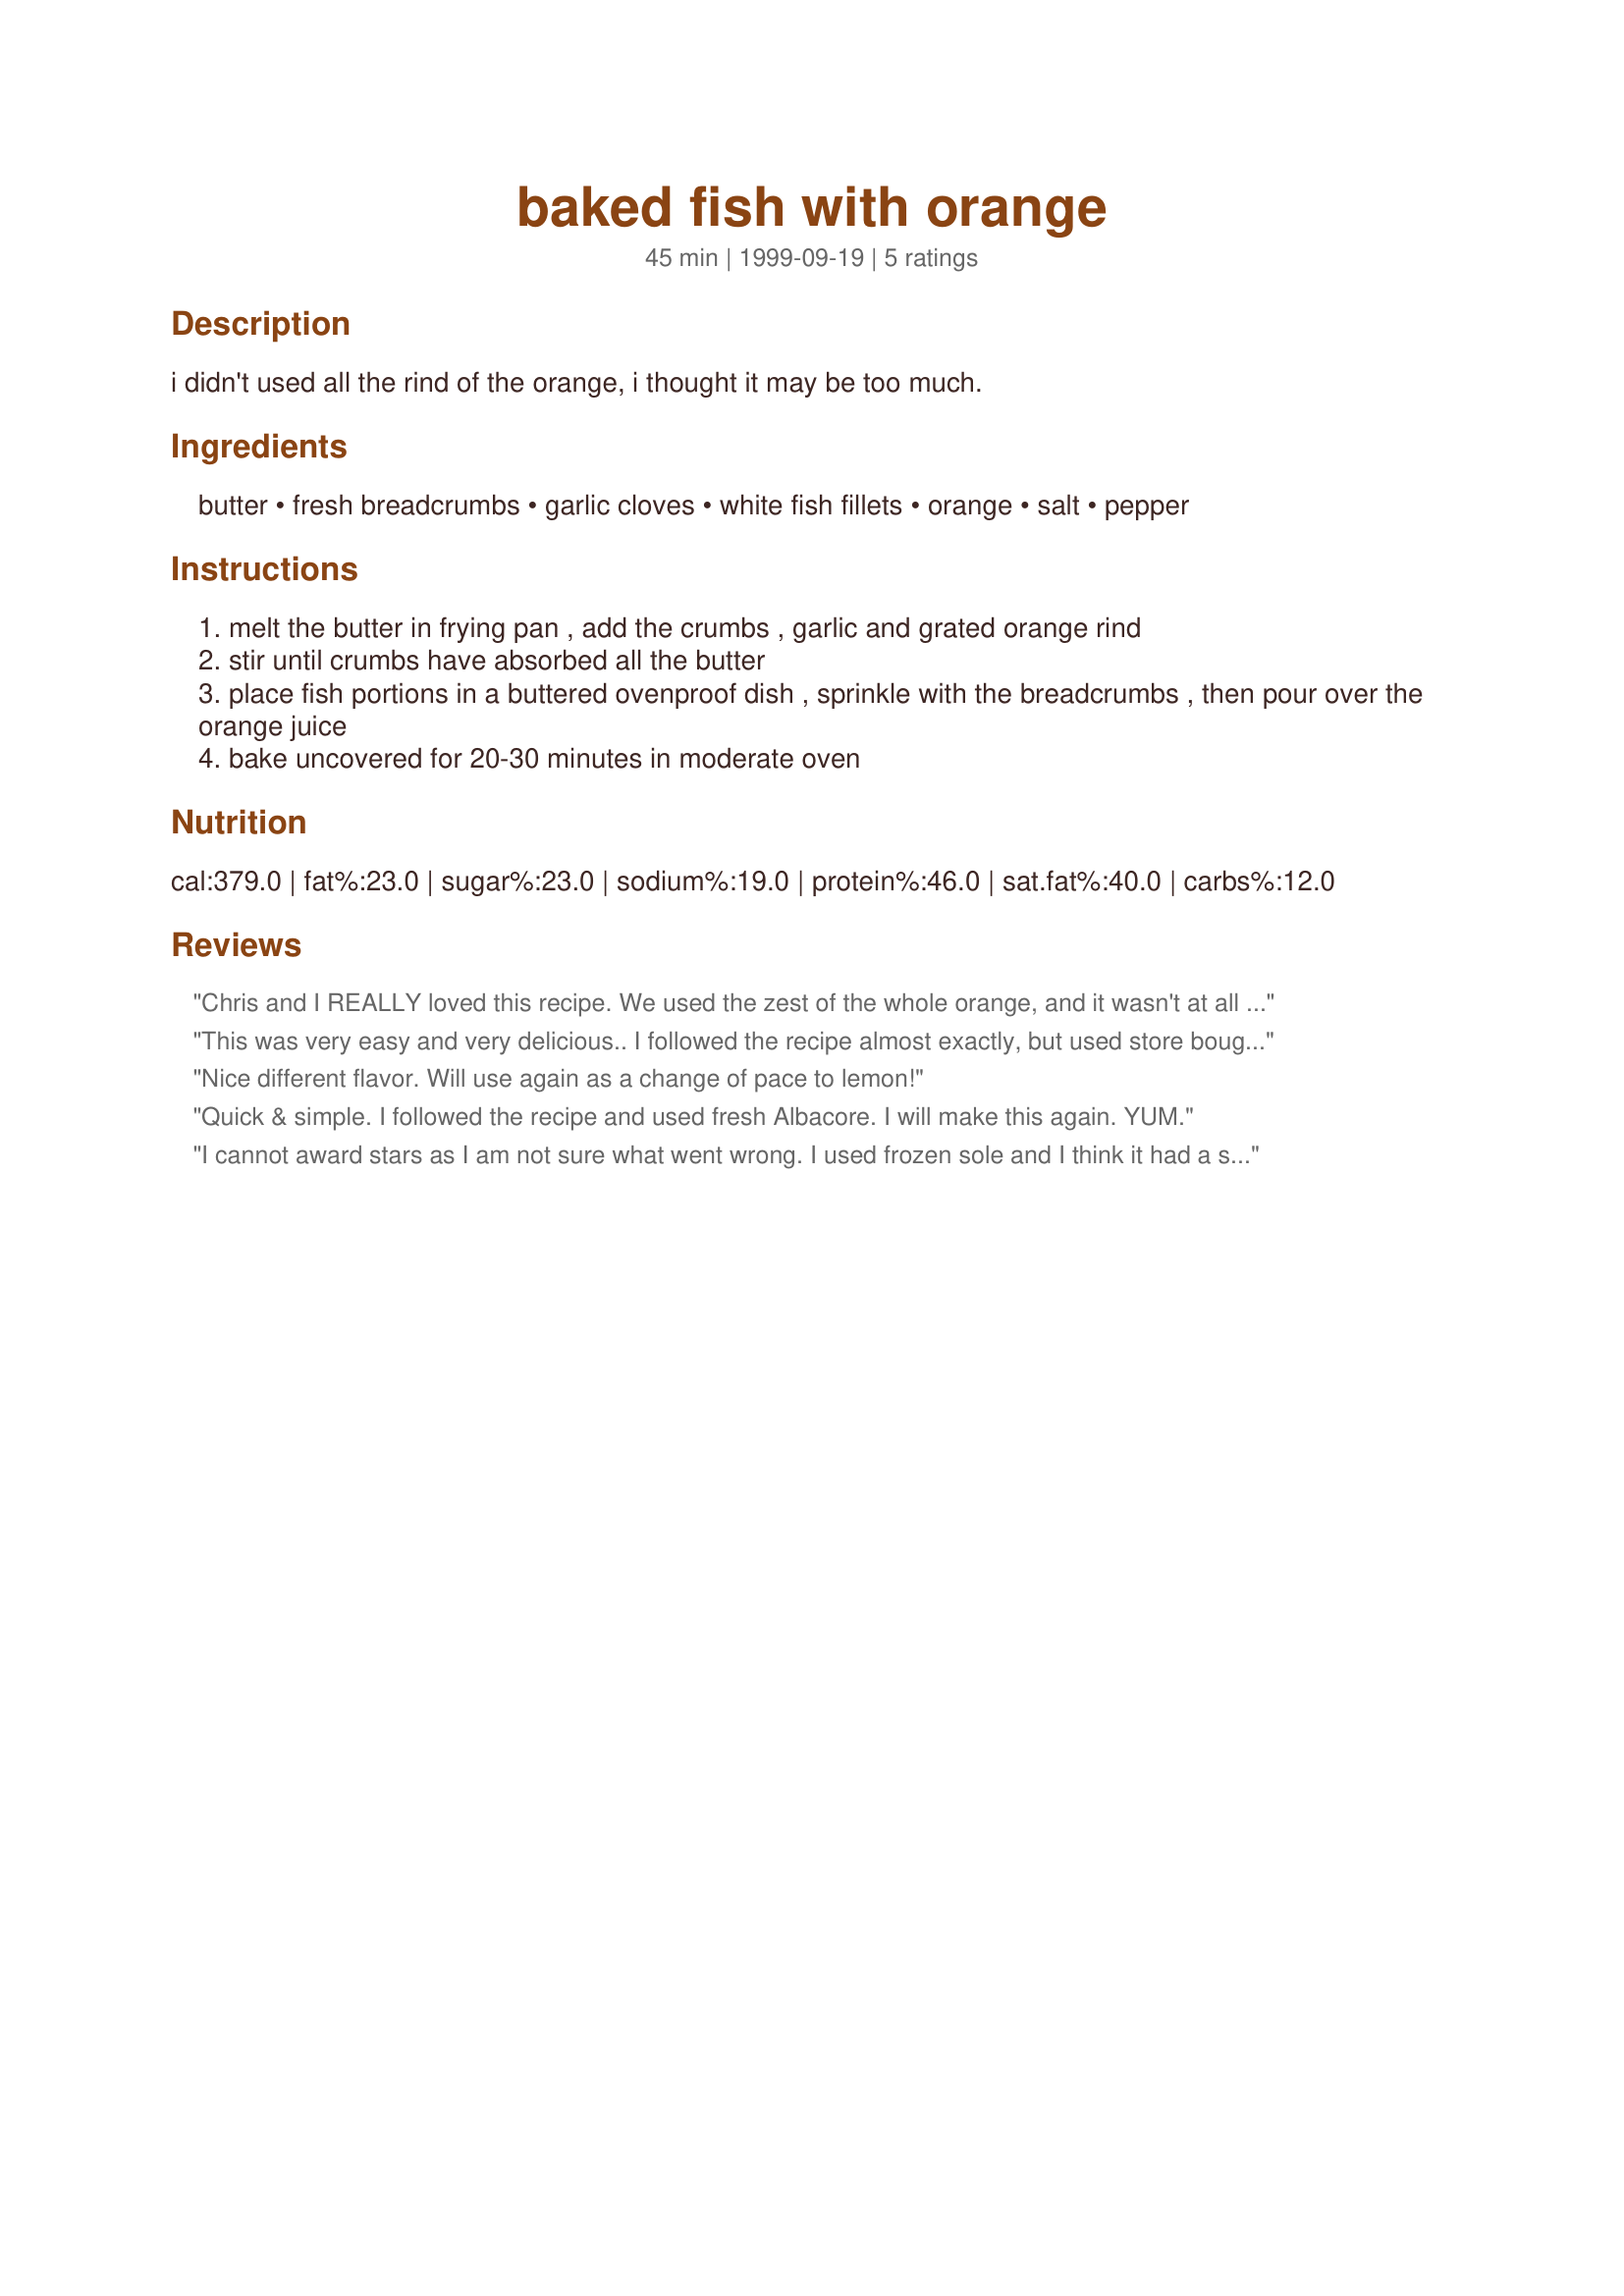
baked fish with orange
Preparation time: 45 minutes

i didn't used all the rind of the orange, i thought it may be too much.

Ingredients:
butter, fresh breadcrumbs, garlic cloves, white fish fillets, orange, salt, pepper

Steps:
melt the butter in frying pan , add the crumbs , garlic and grated orange rind
stir until crumbs have absorbed all the butter
place fish portions in a buttered ovenproof dish , sprinkle with the breadcrumbs , then pour over the orange juice
bake uncovered for 20-30 minutes in moderate oven

Reviews:
Chris and I REALLY loved this recipe. We used the zest of the whole orange, and it wasn't at all overpowering...in fact, it was very subtle, and didn't take away from the true flavor of the fish. Each bite would have these little bursts of orange flavor from the zest, and it was just wonderful!!! We used tilapia filets, and followed the recipe as written. This was incredibly quick and easy to prepare, and baked in 20 minutes. We had this with steamed broccoli and rice, and we couldn't be more pleased...thank you so much for this delicious recipe..we'll be making it many times in the future--this is definitely a 5 star keeper! 
Teresa
This was very easy and very delicious.. I followed the recipe almost exactly, but used store bought UN-seasoned bread crumbs instead. My Husband loved it and so did I! A nice change from the lemon I usually put in my baked fish. I also seasoned the the breadcrumbs with approx. I tsp kosher salt & fresh ground pepper, and browned the mixture before spreading on the fish. (another poster had mistakenly added the juice to the bread crumbs), and I would like to stress the part of the recipe that says (POUR JUICE OVER THE FISH AFTER THE BREADCRUMBS) . What a nice & different surprise this dish was!! Will make again & again
Nice different flavor. Will use again as a change of pace to lemon!
Quick & simple. I followed the recipe and used fresh Albacore. I will make this again. YUM.
I cannot award stars as I am not sure what went wrong. I used frozen sole and I think it had a slight after taste that sometimes frozen fish has. I cut the recipe back to two servings. When the crumbs were mixed with the butter and orange juice they were clumped together (I did measure when I cut back the recipe) i could not sprinkle them I had to spread them with a knife. I love garlic but did not care for the combination with the orange for the sole. This recipe has received two 5 star reviews so I suspect the problem is not with the recipe but rather this cook. and the chosen fish. Sorry Doreen the recipe did not work for me.
